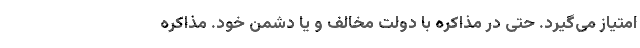
امتیاز می‌گیرد. حتی در مذاکره با دولت مخالف و یا دشمن خود. مذاکره